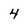
Character: 4